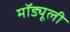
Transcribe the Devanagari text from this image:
मॉड्यूली